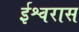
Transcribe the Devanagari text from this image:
ईश्वरास